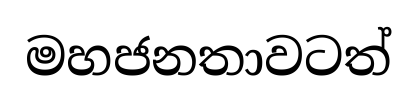
මහජනතාවටත්